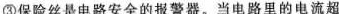
③保险丝是电路安全的报警器。当电路里的电流超